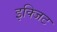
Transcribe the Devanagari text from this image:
इक्जिट